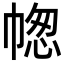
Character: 𢃭